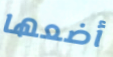
أضعها